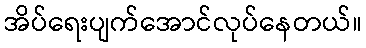
အိပ်ရေးပျက်အောင်လုပ်နေတယ်။